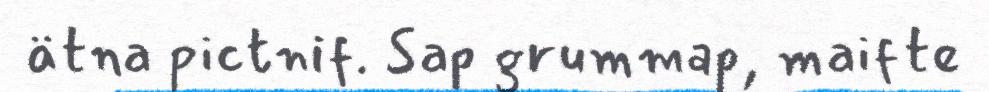
ätna pictnif. Sap grummap, maifte